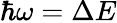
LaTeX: \hbar\omega=\Delta E